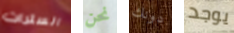
السترات نحن دونك يوجد